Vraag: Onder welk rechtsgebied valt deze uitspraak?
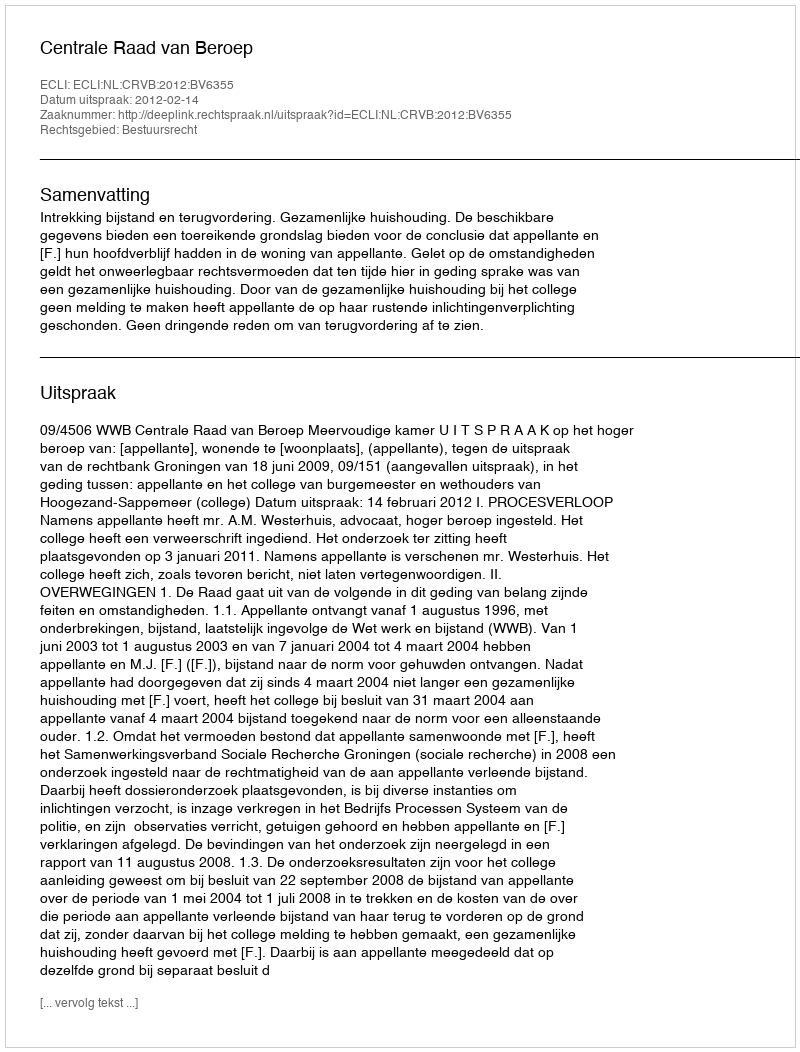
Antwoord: Bestuursrecht